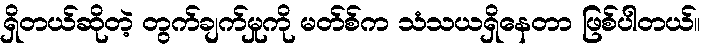
ရှိတယ်ဆိုတဲ့ တွက်ချက်မှုကို မတ်စ်က သံသယရှိနေတာ ဖြစ်ပါတယ်။